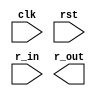
module rsr(clk,rst,r_in,r_out); input clk,rst,r_in;
output r_out; reg [3:0]q;
always@(posedge clk) begin
if(rst)
q<=0; else
q<={r_in,q[3:1]};  
end
endmodule